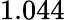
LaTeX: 1.044